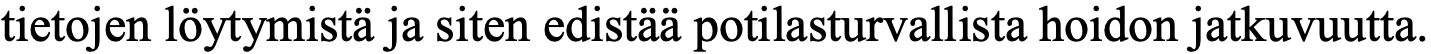
tietojen löytymistä ja siten edistää potilasturvallista hoidon jatkuvuutta.